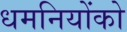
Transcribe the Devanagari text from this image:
धमनियोंको